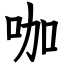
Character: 咖